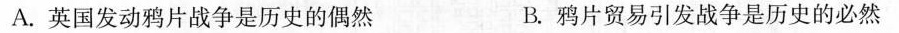
A.英国发动鸦片战争是历史的偶然 B.鸦片贸易引发战争是历史的必然